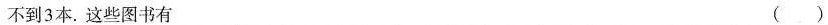
不到3本。这些图书有 ()